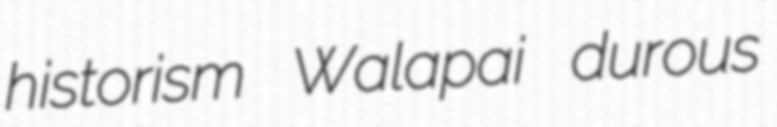
historism Walapai durous